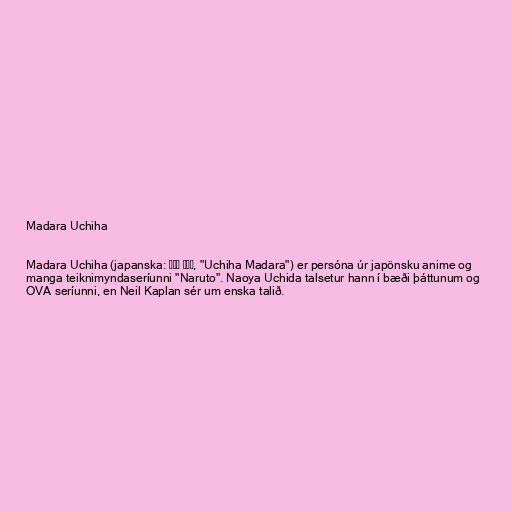
Madara Uchiha

Madara Uchiha (japanska: うちは マダラ, "Uchiha Madara") er persóna úr japönsku anime og
manga teiknimyndaseríunni "Naruto". Naoya Uchida talsetur hann í bæði þáttunum og
OVA seríunni, en Neil Kaplan sér um enska talið.